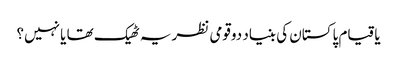
یاقیام پاکستان کی بنیاد دوقومی نظریہ ٹھیک تھا یا نہیں؟